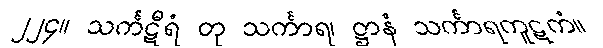
၂၂၄။ သင်္ကဋီရံ တု သင်္ကာရ၊ ဋ္ဌာနံ သင်္ကာရကူဋကံ။